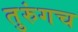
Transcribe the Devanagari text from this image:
तुरुंगच